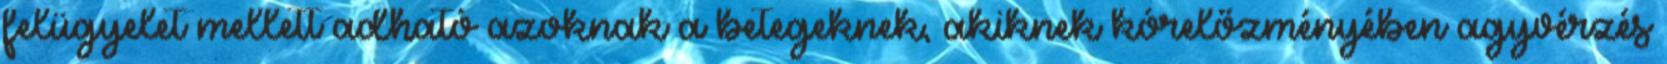
felügyelet mellett adható azoknak a betegeknek, akiknek kórelőzményében agyvérzés